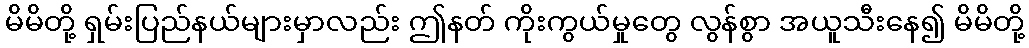
မိမိတို့ ရှမ်းပြည်နယ်များမှာလည်း ဤနတ် ကိုးကွယ်မှုတွေ လွန်စွာ အယူသီးနေ၍ မိမိတို့